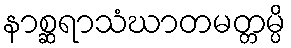
နာစ္ဆရာသံဃာတမတ္တမ္ပိ